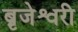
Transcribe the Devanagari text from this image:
ब्रृजेश्वरी